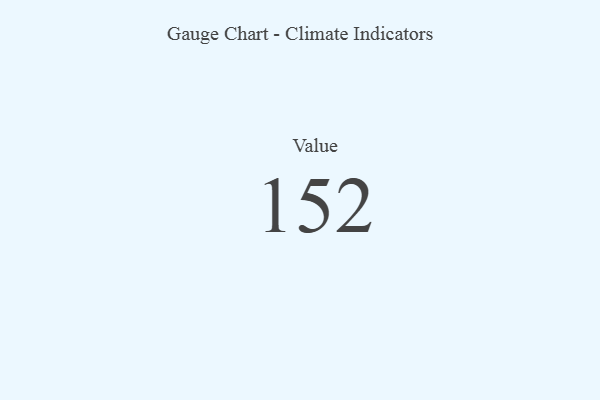
{"axis": {"x": "Metric", "y": "Value"}, "legend": [""], "data": [{"x": "Value", "y": 152, "type": ""}]}